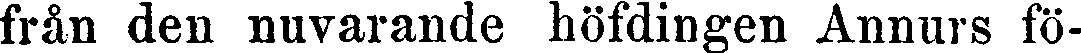
från den nuvarande höfdingen Annurs fö-